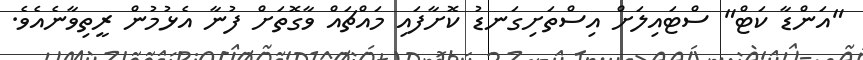
"އަންޑާ ކަޓް" ސްޓައިލަށް އިސްތަށިގަނޑު ކޮށާފައި މައްޗައް ވާގޮތަށް ފުނާ އެޅުމުން ރީތިވާނެއެވެ.